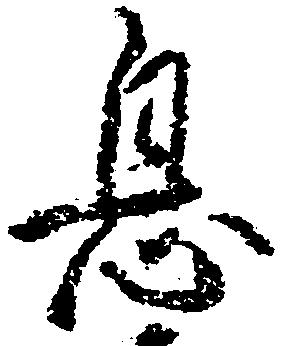
息